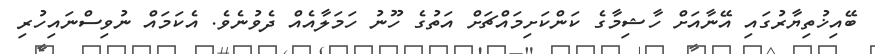
ބޭއިޚުތިޔާރުގައި އޭނާއަށް ހާޝިމާގެ ކަންކަށިމައްޗަށް އަތުގެ ހޫނު ހަމަލާއެއް ދެވުނެވެ. އެކަމައް ނުވިސްނައިހުރި